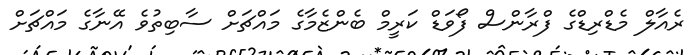
ރެއާލް މެޑްރިޑްގެ ފްރާންސް ފޯވަޑް ކަރީމް ބެންޒެމާގެ މައްޗަށް ސާބިތުވެ އޭނާގެ މައްޗަށް